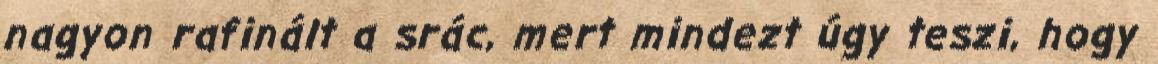
nagyon rafinált a srác, mert mindezt úgy teszi, hogy